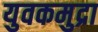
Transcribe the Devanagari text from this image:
युवकमुद्रा